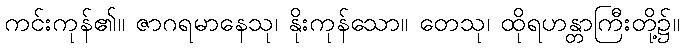
ကင်းကုန်၏။ ဇာဂရမာနေသု၊ နိုးကုန်သော။ တေသု၊ ထိုရဟန္တာကြီးတို့၌။